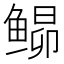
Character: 𬶘